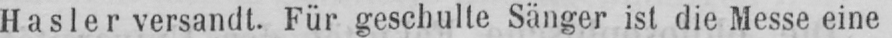
Hasler versandt. Für geschulte Sänger ist die Messe eine